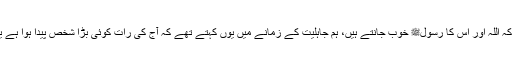
انہوں نے کہا کہ اللہ اور اس کا رسولﷺ خوب جانتے ہیں، ہم جاہلیت کے زمانے میں یوں کہتے تھے کہ آج کی رات کوئی بڑا شخص پیدا ہوا ہے یا فوت ہوا ہے۔